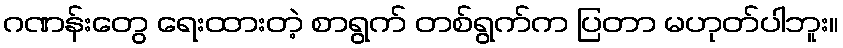
ဂဏန်းတွေ ရေးထားတဲ့ စာရွက် တစ်ရွက်က ပြတာ မဟုတ်ပါဘူး။